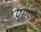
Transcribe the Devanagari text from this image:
प्राणोँ